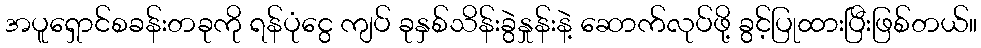
အပူရှောင်စခန်းတခုကို ရန်ပုံငွေ ကျပ် ခုနှစ်သိန်းခွဲနှုန်းနဲ့ ဆောက်လုပ်ဖို့ ခွင့်ပြုထားပြီးဖြစ်တယ်။